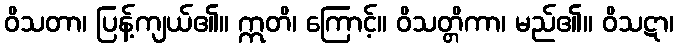
ဝိသတာ၊ ပြန့်ကျယ်၏။ ဣတိ၊ ကြောင့်။ ဝိသတ္တိကာ၊ မည်၏။ ဝိသဋာ၊